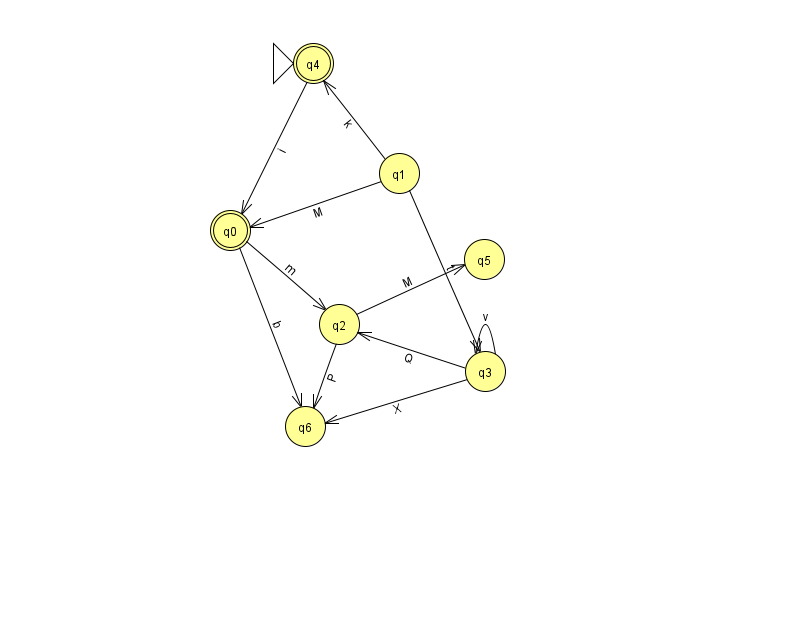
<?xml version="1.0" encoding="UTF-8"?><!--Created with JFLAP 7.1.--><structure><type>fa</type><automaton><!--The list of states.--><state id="0" name="q0"><x>230.0</x><y>217.0</y><final/></state><state id="1" name="q1"><x>399.0</x><y>160.0</y></state><state id="2" name="q2"><x>339.0</x><y>311.0</y></state><state id="3" name="q3"><x>485.0</x><y>358.0</y></state><state id="4" name="q4"><x>313.0</x><y>50.0</y><initial/><final/></state><state id="5" name="q5"><x>484.0</x><y>246.0</y></state><state id="6" name="q6"><x>305.0</x><y>413.0</y></state><!--The list of transitions.--><transition><from>3</from><to>2</to><read>Q</read></transition><transition><from>1</from><to>0</to><read>M</read></transition><transition><from>1</from><to>4</to><read>k</read></transition><transition><from>3</from><to>6</to><read>X</read></transition><transition><from>3</from><to>3</to><read>v</read></transition><transition><from>2</from><to>5</to><read>M</read></transition><transition><from>0</from><to>6</to><read>b</read></transition><transition><from>0</from><to>2</to><read>m</read></transition><transition><from>1</from><to>3</to><read>t</read></transition><transition><from>2</from><to>6</to><read>P</read></transition><transition><from>4</from><to>0</to><read>i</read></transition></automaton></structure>